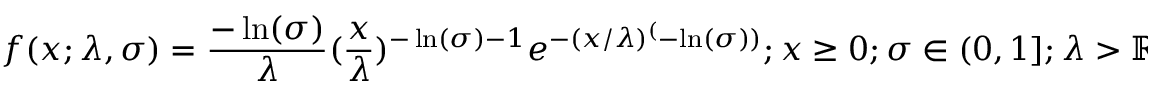
f ( x ; \lambda , \sigma ) = \frac { - \ln ( \sigma ) } { \lambda } ( \frac { x } { \lambda } ) ^ { - \ln ( \sigma ) - 1 } e ^ { - ( x / \lambda ) ^ { ( } - \ln ( \sigma ) ) } ; x \ge 0 ; \sigma \in ( 0 , 1 ] ; \lambda > \mathbb { R } ^ { + }